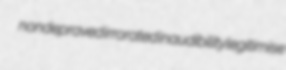
nondepraved irrorated inaudibility legitimise